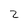
Character: 2